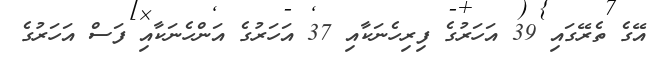
އޭގެ ތެރޭގައި 39 އަހަރުގެ ފިރިހެނަކާއި 37 އަހަރުގެ އަންހެނަކާއި ފަސް އަހަރުގެ